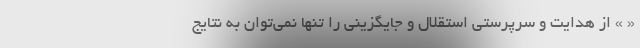
« » از هدایت و سرپرستی استقلال و جایگزینی را تنها نمی‌توان به نتایج